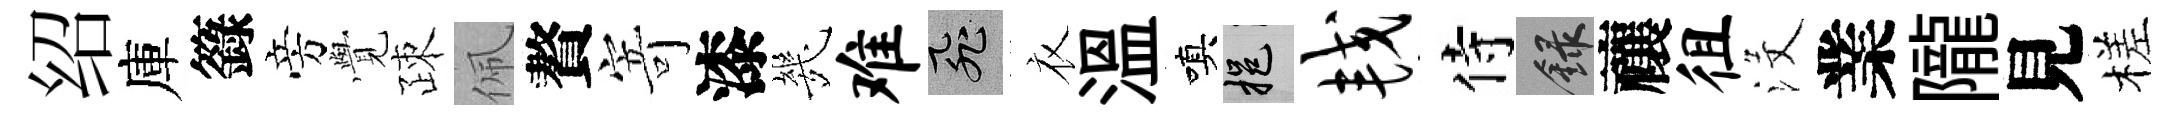
绍庫籙旁𮗜疎佩贅寄漆㡬难飛衣溫嗔挹较侍録禳徂沒業隴見槎